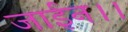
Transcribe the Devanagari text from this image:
जाईन।।